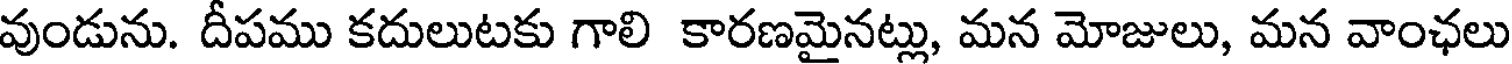
వుండును. దీపము కదులుటకు గాలి కారణమైనట్లు, మన మోజులు, మన వాంఛలు